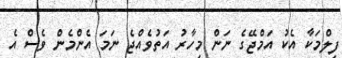
ފިލްމަކާ އެކު އަމްޖޭގެ ނަން މިހާރު އަތުވެއްޖެ ނަމަ އެންމެން ވެސް އެ